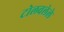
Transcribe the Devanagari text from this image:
टोलवलेले